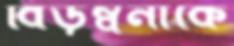
বিড়ম্বনাকে